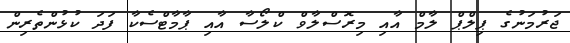
ޖަރުމަނުގެ ޕިލްޕް ލާމް އާއި މިރޮސްލާވް ކްލޯސާ އާއި ޕާމާޓްސެކާ ފަދަ ކުޅުންތެރިން